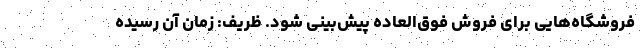
فروشگاه‌هایی برای فروش فوق‌العاده پیش‌بینی شود. ظریف: زمان آن رسیده